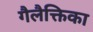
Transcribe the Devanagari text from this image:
गैलैक्तिका